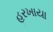
હરખાયા